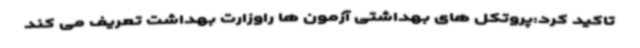
تاکید کرد:پروتکل های بهداشتی آزمون ها راوزارت بهداشت تعریف می کند